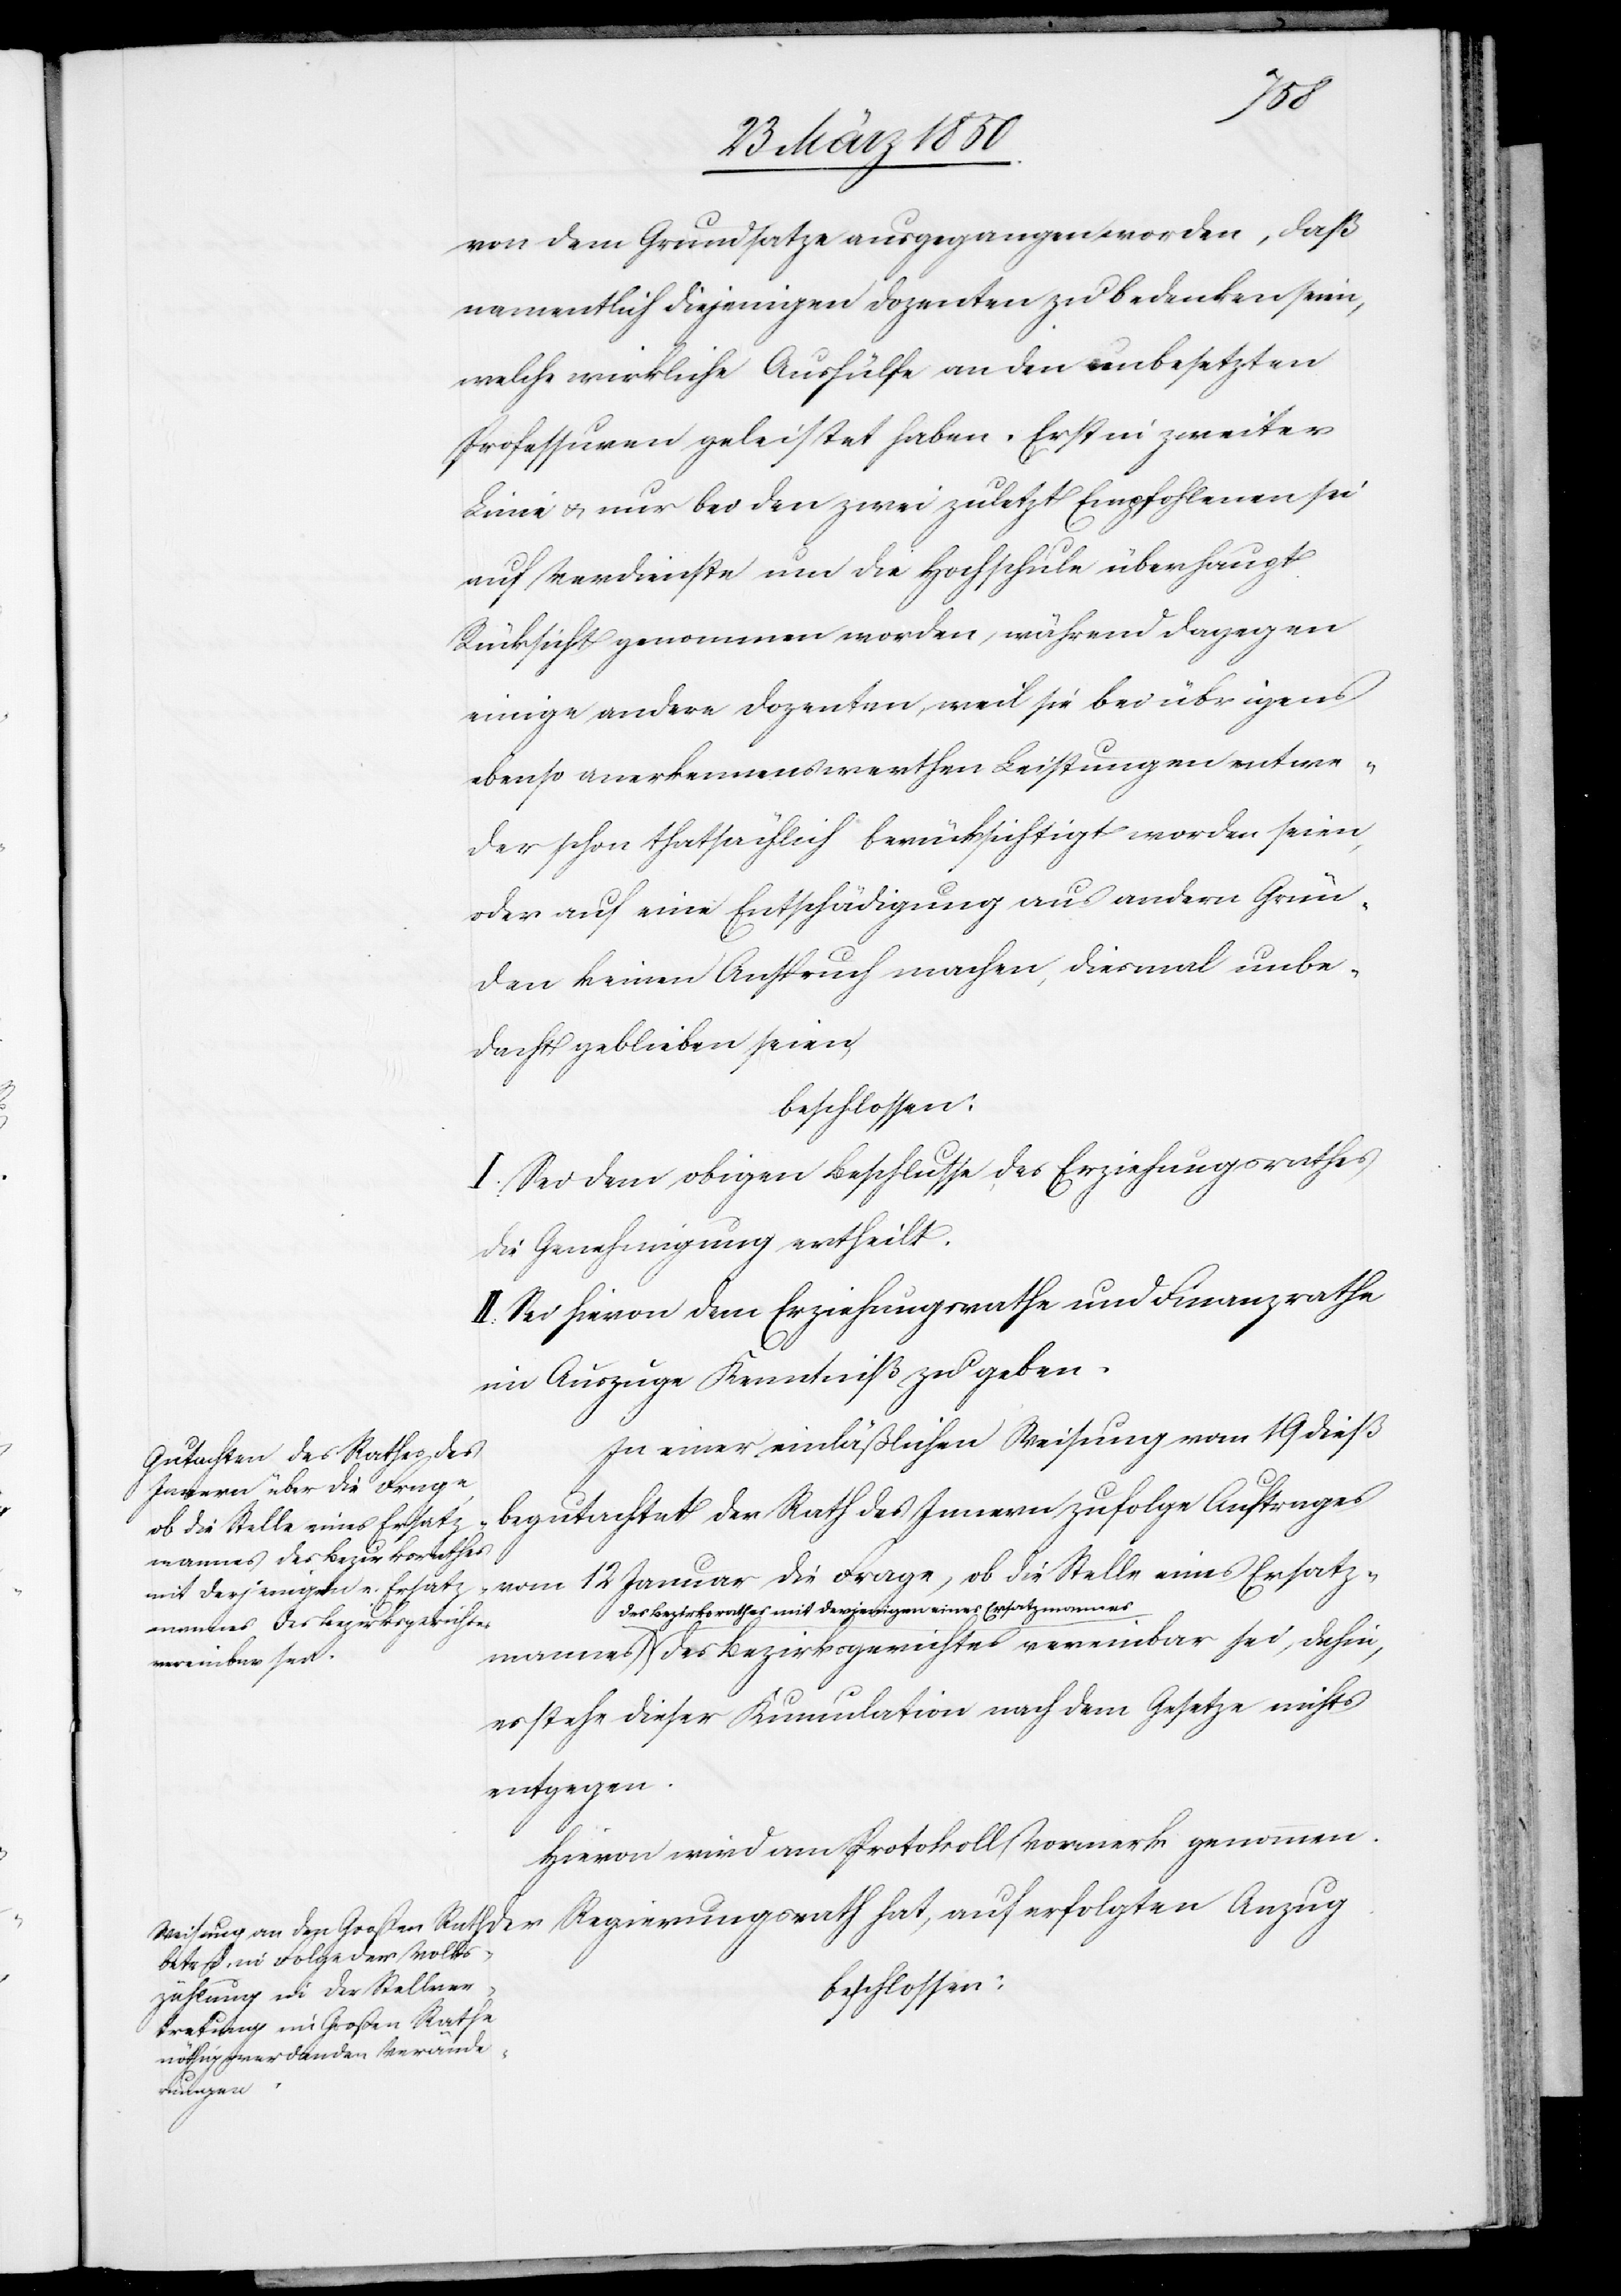
hat,
von dem Grundsatze ausgegangen worden, daß
namentlich diejenigen Dozenten zu bedenken seien,
welche wirkliche Aushülfe an den unbesetzten
Professuren geleistet haben. Erst in zweiter
Linie u. nur bei den zwei zuletzt Empfohlenen sei
auf Verdienste um die Hochschule überhaupt
Rücksicht genommen worden, während dagegen
einige andere Dozenten, weil sie bei übrigens
ebenso anerkennenswerthen Leistungen entwe¬
der schon thatsächlich berücksichtigt worden seien,
oder auf eine Entschädigung aus andern Grün¬
den keinen Anspruch machen, diesmal unbe¬
dacht geblieben seien,
beschlossen:
I. Sei dem obigen Beschlusse des Erziehungsrathes
die Genehmigung ertheilt.
II. Sei hievon dem Erziehungsrathe und Finanzrathe
im Auszuge Kenntniß zu geben.
In einer einläßlichen Weisung vom 19 dieß
begutachtet der Rath des Innern zufolge Auftrages
mannes des Bezirksrathes
vom 12 Januar die Frage, ob die Stelle eines Ersatz¬
mit derjenigen eines Ersatz¬
mannes des Bezirksgerichtes vereinbar sei, dahin,
es stehe dieser Kumulation nach dem Gesetze nichts
entgegen.
Hievon wird am Protokoll Vormerk genommen.
beschlossen:
erfolgten